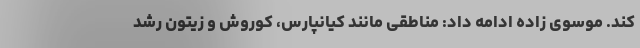
کند. موسوی زاده ادامه داد: مناطقی مانند کیانپارس، کوروش و زیتون رشد